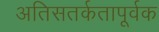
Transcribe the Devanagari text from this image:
अतिसतर्कतापूर्वक